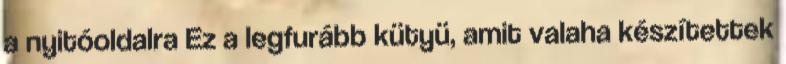
a nyitóoldalra Ez a legfurább kütyü, amit valaha készítettek